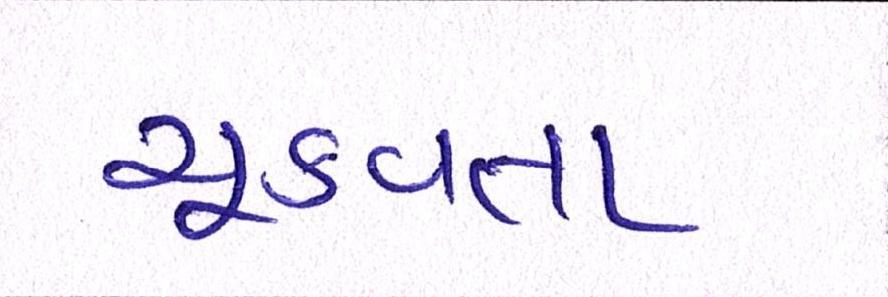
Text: ચૂકવતા